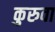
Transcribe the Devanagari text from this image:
कुरुवा